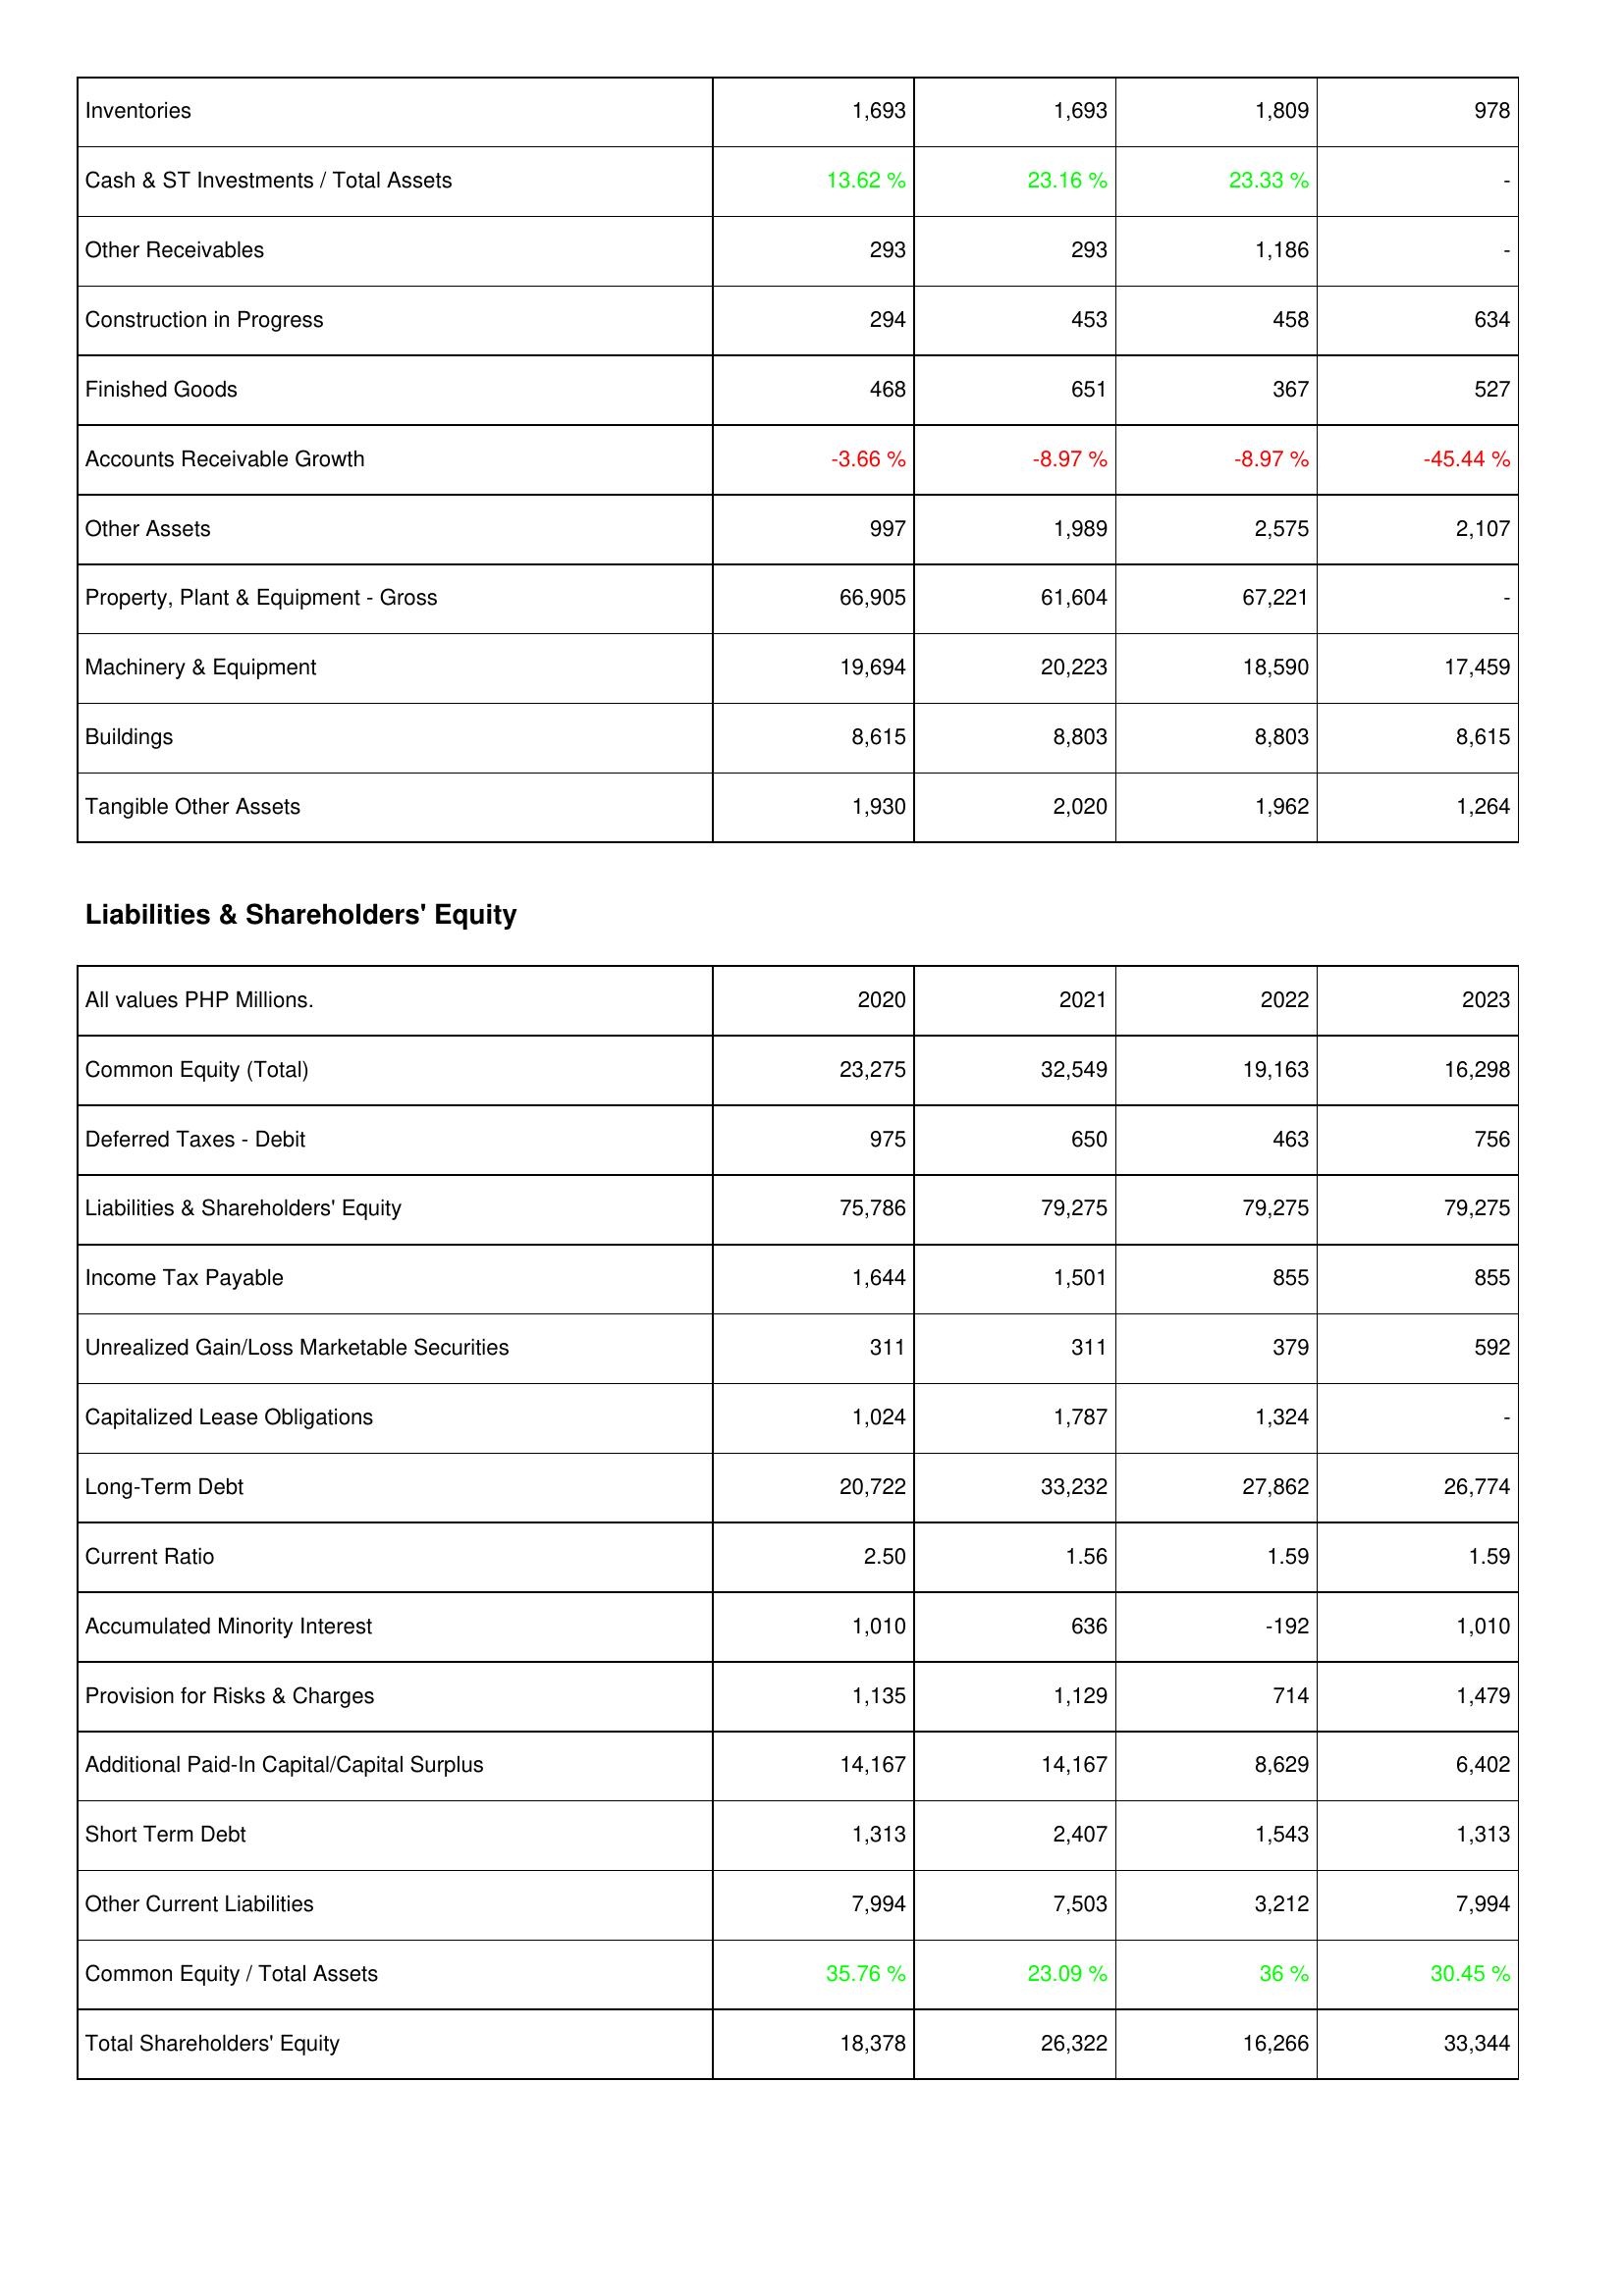
2020: Assets: Inventories: 1,693
Cash & ST Investments / Total Assets: 13.62 %
Other Receivables: 293
Construction in Progress: 294
Finished Goods: 468
Accounts Receivable Growth: -3.66 %
Other Assets: 997
Property, Plant & Equipment - Gross: 66,905
Machinery & Equipment: 19,694
Buildings: 8,615
Tangible Other Assets: 1,930
Liabilities & Shareholders' Equity: Common Equity (Total): 23,275
Deferred Taxes - Debit: 975
Liabilities & Shareholders' Equity: 75,786
Income Tax Payable: 1,644
Unrealized Gain/Loss Marketable Securities: 311
Capitalized Lease Obligations: 1,024
Long-Term Debt: 20,722
Current Ratio: 2.50
Accumulated Minority Interest: 1,010
Provision for Risks & Charges: 1,135
Additional Paid-In Capital/Capital Surplus: 14,167
Short Term Debt: 1,313
Other Current Liabilities: 7,994
Common Equity / Total Assets: 35.76 %
Total Shareholders' Equity: 18,378
2021: Assets: Inventories: 1,693
Cash & ST Investments / Total Assets: 23.16 %
Other Receivables: 293
Construction in Progress: 453
Finished Goods: 651
Accounts Receivable Growth: -8.97 %
Other Assets: 1,989
Property, Plant & Equipment - Gross: 61,604
Machinery & Equipment: 20,223
Buildings: 8,803
Tangible Other Assets: 2,020
Liabilities & Shareholders' Equity: Common Equity (Total): 32,549
Deferred Taxes - Debit: 650
Liabilities & Shareholders' Equity: 79,275
Income Tax Payable: 1,501
Unrealized Gain/Loss Marketable Securities: 311
Capitalized Lease Obligations: 1,787
Long-Term Debt: 33,232
Current Ratio: 1.56
Accumulated Minority Interest: 636
Provision for Risks & Charges: 1,129
Additional Paid-In Capital/Capital Surplus: 14,167
Short Term Debt: 2,407
Other Current Liabilities: 7,503
Common Equity / Total Assets: 23.09 %
Total Shareholders' Equity: 26,322
2022: Assets: Inventories: 1,809
Cash & ST Investments / Total Assets: 23.33 %
Other Receivables: 1,186
Construction in Progress: 458
Finished Goods: 367
Accounts Receivable Growth: -8.97 %
Other Assets: 2,575
Property, Plant & Equipment - Gross: 67,221
Machinery & Equipment: 18,590
Buildings: 8,803
Tangible Other Assets: 1,962
Liabilities & Shareholders' Equity: Common Equity (Total): 19,163
Deferred Taxes - Debit: 463
Liabilities & Shareholders' Equity: 79,275
Income Tax Payable: 855
Unrealized Gain/Loss Marketable Securities: 379
Capitalized Lease Obligations: 1,324
Long-Term Debt: 27,862
Current Ratio: 1.59
Accumulated Minority Interest: -192
Provision for Risks & Charges: 714
Additional Paid-In Capital/Capital Surplus: 8,629
Short Term Debt: 1,543
Other Current Liabilities: 3,212
Common Equity / Total Assets: 36 %
Total Shareholders' Equity: 16,266
2023: Assets: Inventories: 978
Cash & ST Investments / Total Assets: -
Other Receivables: -
Construction in Progress: 634
Finished Goods: 527
Accounts Receivable Growth: -45.44 %
Other Assets: 2,107
Property, Plant & Equipment - Gross: -
Machinery & Equipment: 17,459
Buildings: 8,615
Tangible Other Assets: 1,264
Liabilities & Shareholders' Equity: Common Equity (Total): 16,298
Deferred Taxes - Debit: 756
Liabilities & Shareholders' Equity: 79,275
Income Tax Payable: 855
Unrealized Gain/Loss Marketable Securities: 592
Capitalized Lease Obligations: -
Long-Term Debt: 26,774
Current Ratio: 1.59
Accumulated Minority Interest: 1,010
Provision for Risks & Charges: 1,479
Additional Paid-In Capital/Capital Surplus: 6,402
Short Term Debt: 1,313
Other Current Liabilities: 7,994
Common Equity / Total Assets: 30.45 %
Total Shareholders' Equity: 33,344